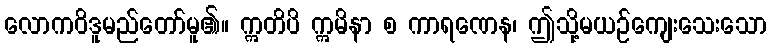
လောကဝိဒူမည်တော်မူ၏။ ဣတိပိ ဣမိနာ စ ကာရဏေန၊ ဤသို့မယဉ်ကျေးသေးသော